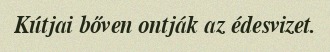
Kútjai bőven ontják az édesvizet.